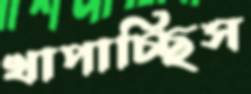
খাপাচ্ছিস